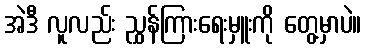
အဲဒီ လူလည်း ညွှန်ကြားရေးမှူးကို တွေ့မှာပဲ။